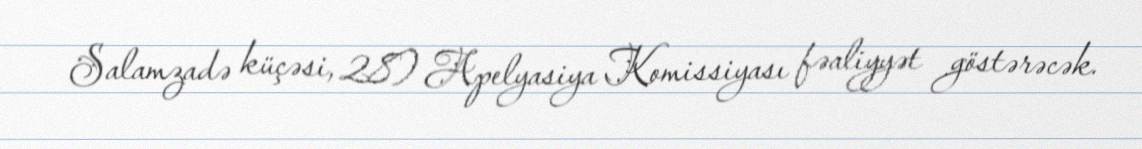
Salamzadə küçəsi, 28) Apelyasiya Komissiyası fəaliyyət göstərəcək.